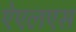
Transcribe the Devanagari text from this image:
ऐएलएस